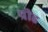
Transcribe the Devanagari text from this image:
प्रीह